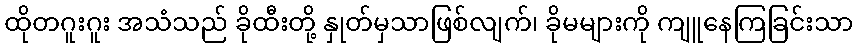
ထိုတဂူးဂူး အသံသည် ခိုထီးတို့ နှုတ်မှသာဖြစ်လျက်၊ ခိုမများကို ကျူနေကြခြင်းသာ